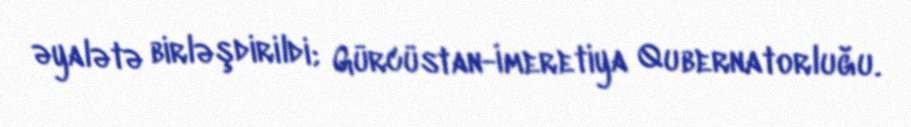
əyalətə birləşdirildi; Gürcüstan-İmeretiya Qubernatorluğu.